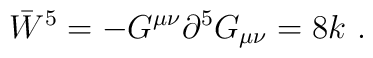
\bar{W}^{5}=-G^{\mu\nu}\partial^{5}G_{\mu\nu}=8k\ .